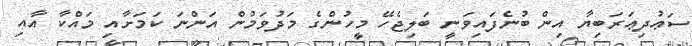
ސަޢުދިޢަރަބިޔާ އިން ބުނެފައިވަނީ ބަލިޖެހޭ މީހުންގެ މަދުވަމުން އަންނަ ކަމަށާއި މައްކާ އާއި